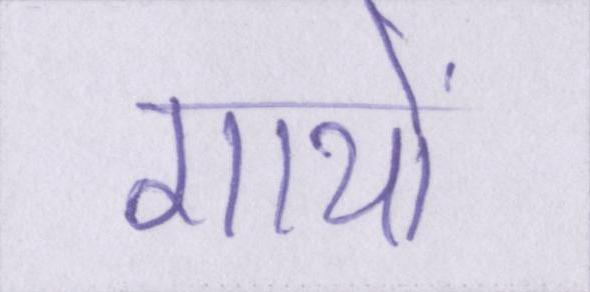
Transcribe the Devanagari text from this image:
गायों